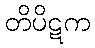
တိပိဋက